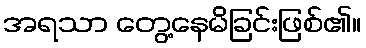
အရသာ တွေ့နေမိခြင်းဖြစ်၏။